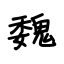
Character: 魏